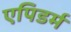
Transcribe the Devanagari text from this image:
एपिडर्म